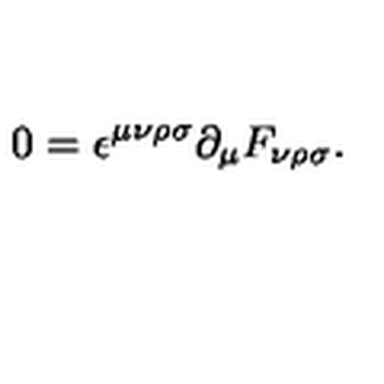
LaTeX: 0 = \epsilon ^ { \mu \nu \rho \sigma } \partial _ { \mu } F _ { \nu \rho \sigma } .